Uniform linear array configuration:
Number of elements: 24
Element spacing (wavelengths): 0.75
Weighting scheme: binomial
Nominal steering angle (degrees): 15
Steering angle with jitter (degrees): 15.047
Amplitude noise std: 0.05
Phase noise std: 0.05

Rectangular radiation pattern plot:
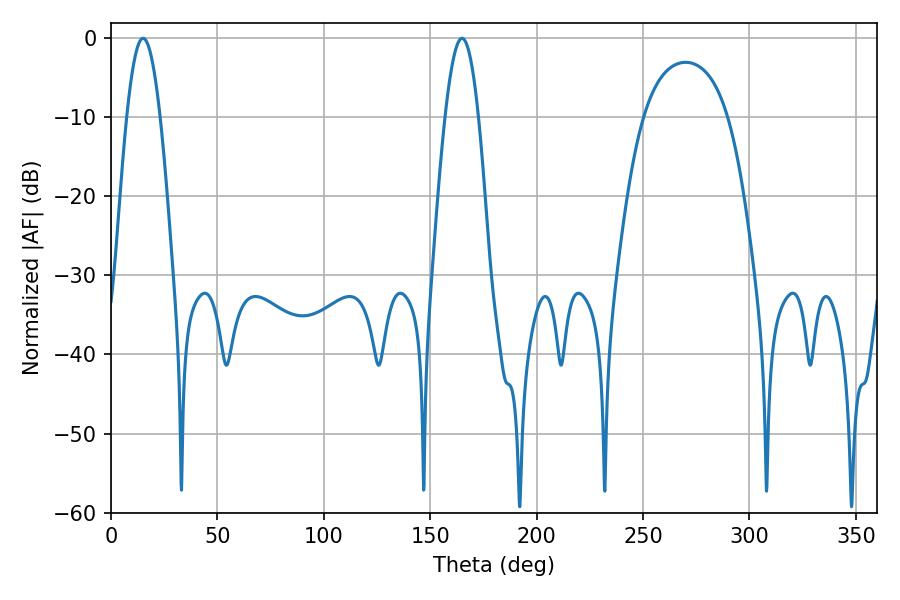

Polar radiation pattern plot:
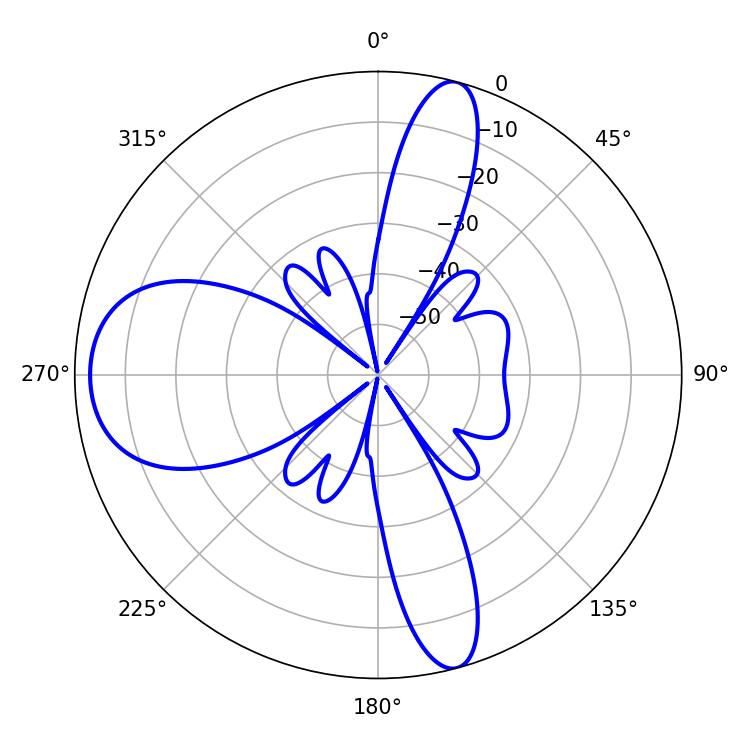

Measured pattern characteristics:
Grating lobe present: TRUE
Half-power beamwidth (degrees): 8.64
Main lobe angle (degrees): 15.12